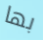
بها